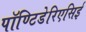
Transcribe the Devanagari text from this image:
पॉण्टिडेरिएसिई